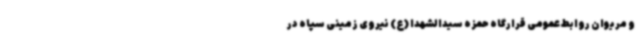
و مریوان روابط عمومی قرارگاه حمزه سیدالشهدا (ع) نیروی زمینی سپاه در